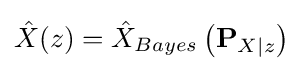
{\hat {X}}(z)={\hat {X}}_{Bayes}\left(\mathbf {P} _{X|z}\right)